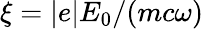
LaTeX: \xi=|e|E_{0}/(mc\omega)